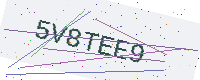
Text: 5V8TEE9